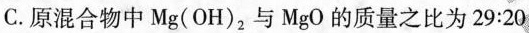
原混合物中Mg(OH)_{2}，与MgO的质量之比为29:20